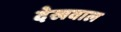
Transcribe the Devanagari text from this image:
देखवाल